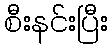
စီးနင်းပြီး